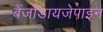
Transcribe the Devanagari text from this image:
बेंजोडायजेपाइन